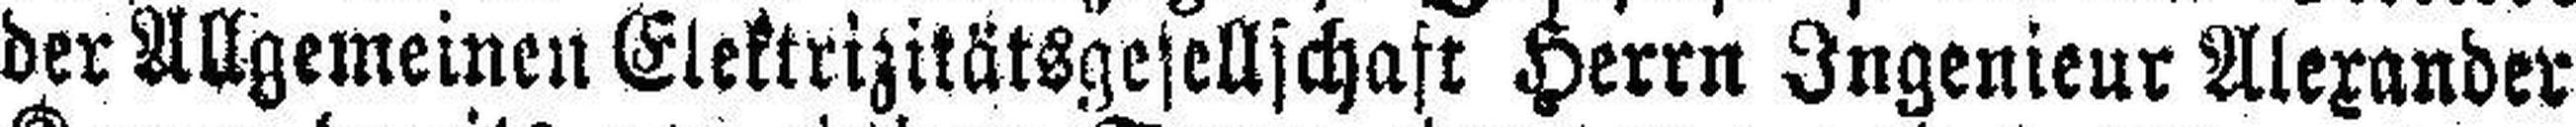
der Allgemeinen Elektrizitätsgesellschaft Herrn Ingenieur Alexander